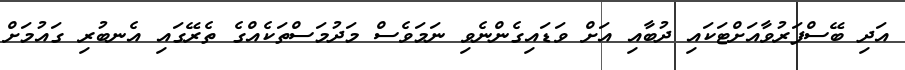
އަދި ބޭސްފަރުވާއަށްޓަކައި ދުބާއި އަށް ވަޑައިގެންނެވި ނަމަވެސް މަދުމަސްތަކެއްގެ ތެރޭގައި އެނބުރި ގައުމަށް